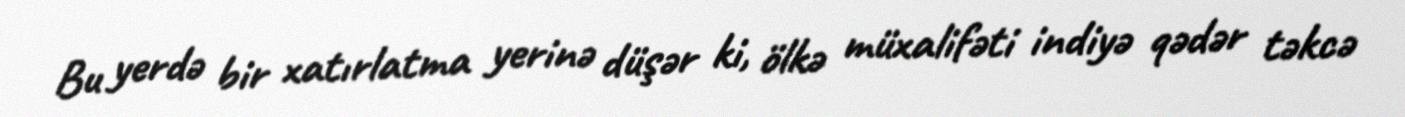
Bu yerdə bir xatırlatma yerinə düşər ki, ölkə müxalifəti indiyə qədər təkcə